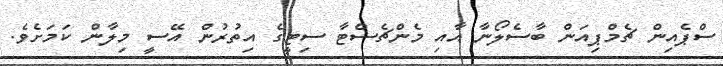
ސްޕެއިން ޗެމްޕިއަން ބާސެލޯނާ އާއި މެންޗެސްޓާ ސިޓީގެ އިތުރުން އޭސީ މިލާން ކަމަށެވެ.